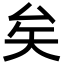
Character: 矣